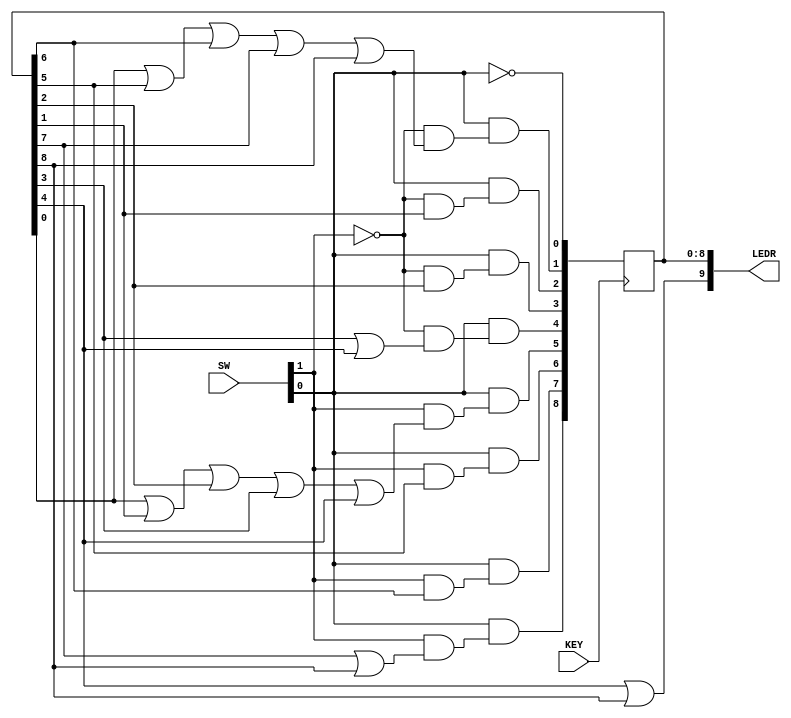
module Part1(SW, KEY, LEDR);
	input [9:0]SW;
	input [0:0] KEY;
	output [9:0]LEDR;
	wire reset, w, clock, z;
	assign reset = SW[0];
	assign w = SW[1];
	assign clock = KEY[0];
	assign LEDR[9] = z;
	reg [8:0]y;
	wire [8:0]Y;
	
	assign Y[8] = reset & (w & (y[7] | y[8]));
	assign Y[7] = reset & (w & y[6]);
	assign Y[6] = reset & (w & y[5]);
	assign Y[5] = reset & (w & (y[0] | y[1] | y[2] | y[3] | y[4]));
	assign Y[4] = reset & (~w & (y[3] | y[4]));
	assign Y[3] = reset & (~w & y[2]);
	assign Y[2] = reset & (~w & y[1]);
	assign Y[1] = reset & (~w & (y[0] | y[5] | y[6] | y[7] | y[8]));
	assign Y[0] = ~reset;
	
	assign z = y[4] | y[8];
	
	always @(posedge clock)
	begin
		y<= Y;
	end
	
	assign LEDR[8:0] = y[8:0];
	
endmodule